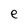
Character: e